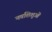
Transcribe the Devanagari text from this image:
नवशिशुओं